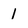
Character: 1